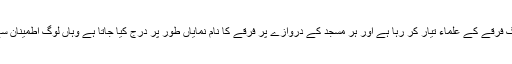
چنانچہ ایک ایسے دور میں جب ہر دینی مدرسہ الگ الگ فرقے کے علماء تیار کر رہا ہے اور ہر مسجد کے دروازے پر فرقے کا نام نمایاں طور پر درج کیا جاتا ہے وہاں لوگ اطمینان سے کہتے ہیں کہ ہمارے ہاں کوئی فرقہ واریت نہیں ہے۔